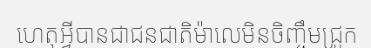
ហេតុអ្វីបានជាជនជាតិម៉ាលេមិនចិញ្ចឹមជ្រូក